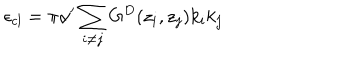
LaTeX: \epsilon _ { c l } = \pi \alpha ^ { \prime } \sum _ { i \neq j } G ^ { D } ( z _ { i } , z _ { j } ) k _ { i } k _ { j }